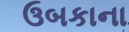
ઉબકાના